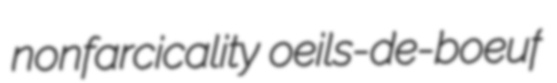
nonfarcicality oeils-de-boeuf